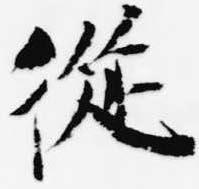
従